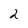
Character: 2